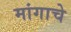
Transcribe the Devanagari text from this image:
मांगाचे